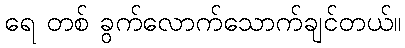
ရေ တစ် ခွက်လောက်သောက်ချင်တယ်။